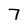
Character: 7